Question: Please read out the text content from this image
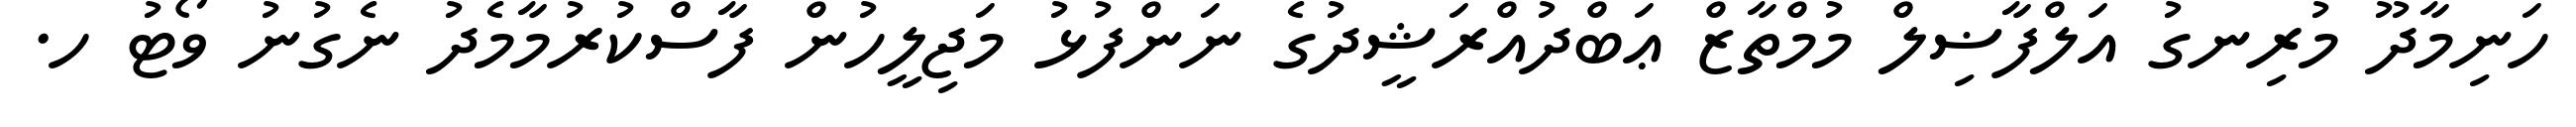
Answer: ހަނިމާދޫ މުރިނގު އަލްފާޟިލް މުމްތާޒް ޢަބްދުއްރަޝީދުގެ ނަންފުޅު މަޖިލީހުން ފާސްކުރުމާމެދު ނެގުނު ވޯޓު ހ.